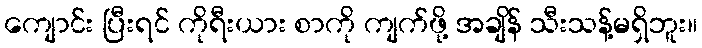
ကျောင်း ပြီးရင် ကိုရီးယား စာကို ကျက်ဖို့ အချိန် သီးသန့်မရှိဘူး။